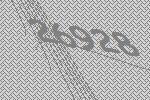
26928